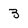
Character: 3